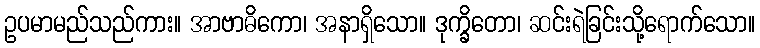
ဥပမာမည်သည်ကား။ အာဗာဓိကော၊ အနာရှိသော။ ဒုက္ခိတော၊ ဆင်းရဲခြင်းသို့ရောက်သော။